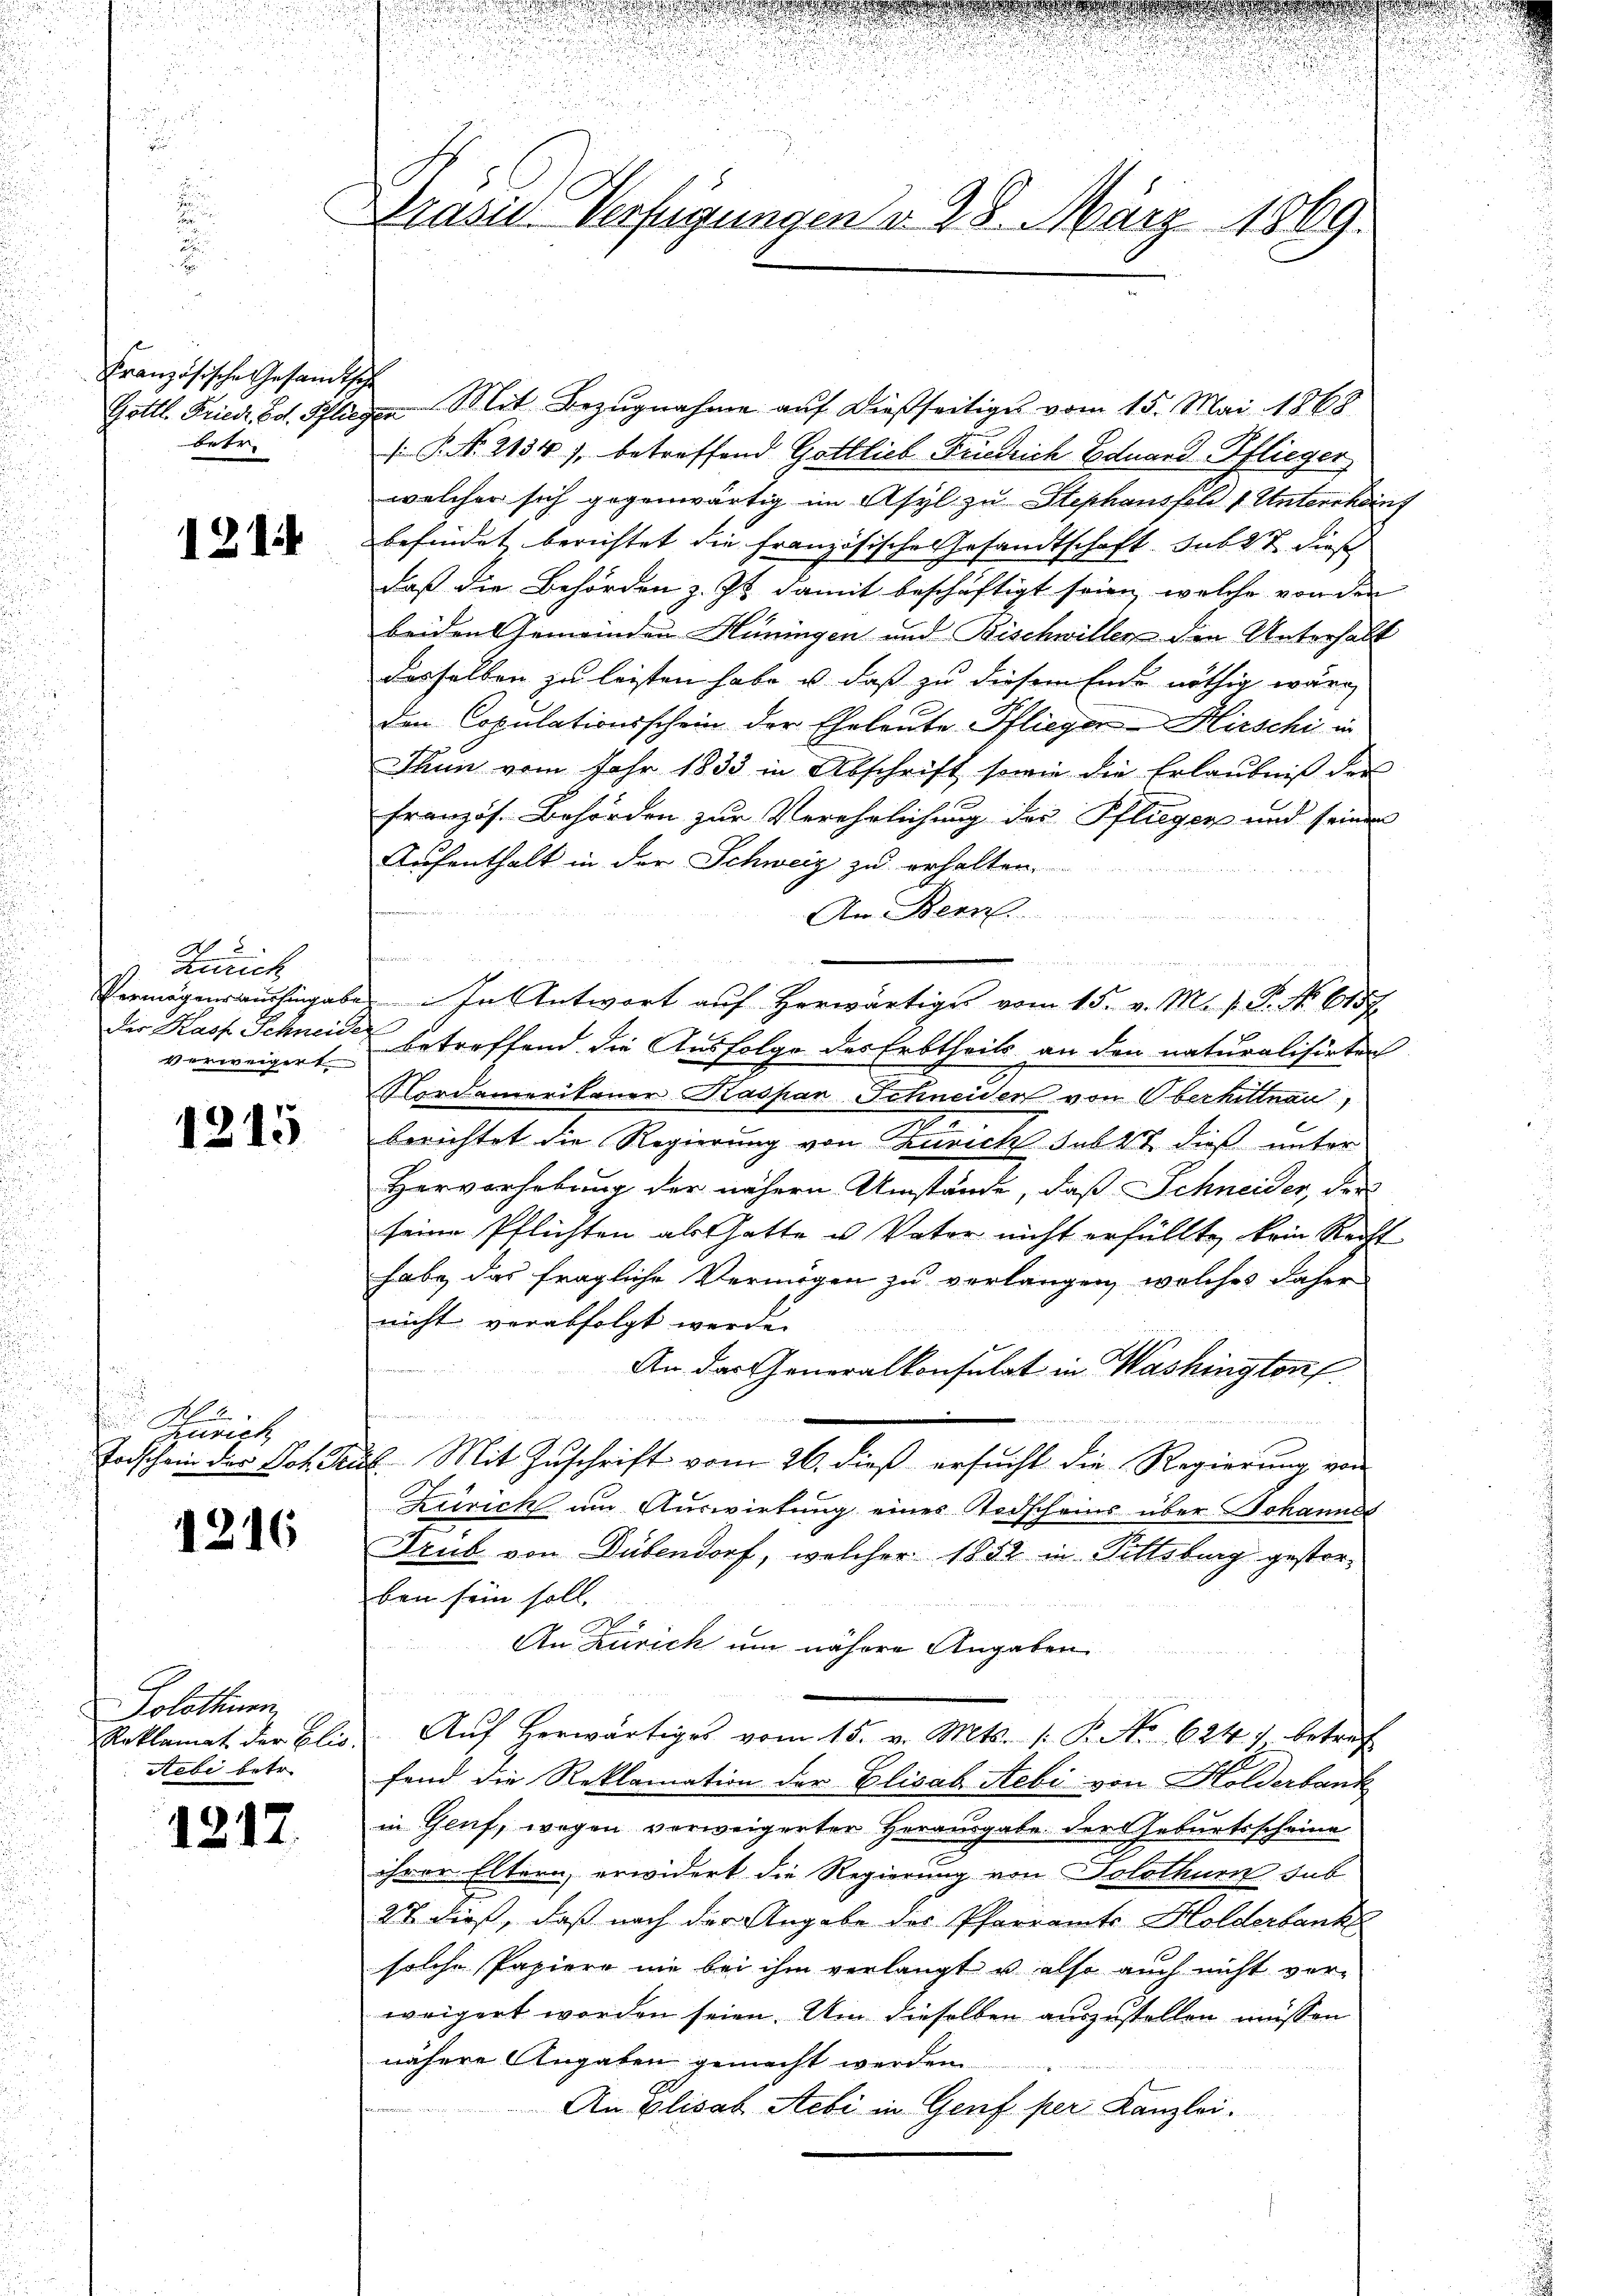
Französische Gesandtsch
Gottl. Friedr. Ed. Pflieg
Betr

121.

18
Zürich
Vermögensaushingabe
Der Rast Schneider
erweigert

1215

.
zurich
Toischein der Joh. Jen

1216

Solothurn
Roklamat der Elis.
Aebi betr.

1217.

Prasid Verfügungen do 28. März 1869.

¬
in Mit Bezugnahme auf dießseitige vom 15. Mai 1868
 P. No. 2134), betreffend Gottlieb Friedrich Eduard Pflieger,
welcher sich gegenwärtig im Asyl zu Stephansfeld 1 Unterchenf
befindet berichtet die Französische Gesandtschaft sub 27 dies
daß die Behörden z. Zt. damit beschäftigt seien, welche von den
beiden Gemeinden Hüningen und Bischwiller die Unterhalt
dasselben zu leisten habe, u. daß zu diesem Ende nöthig wäre,
den Copulationsschein der Eheleute Pflieger-Hirschi in
Thun vom Jahr 1833 in Abschrift sowie die Erlaubniß der
französ. Behörden zur Verehrlichung des Pfliegen und seiner
Aufenthalt in der Schweiz zu erhalten.

An Bern
n
m
In Antwort auf herwärtiges vom 15. v. M. v. P. No 6157
f
betreffend die Ausfolge des Erbtheils an den naturalisirten
Nordamerikaner Kashar Schneider von Oberhittnen
.
berichtet die Regierung von Zürich habet dieß unter
Herverhebung der nähern Umstände, daß Schneider, der
seine Pflichten als Gatte u. Vater nicht erfüllte, kein Recht
habe das fragliche Vermögen zu verlangen, welches daher
nicht verabfolgt werde.
:
An das Generalkonsulat in Washington
e
6. Mit Zuschrift vom 26. dieß ersucht die Regierung von
Keirich um Auswirtung eines Todscheins über Johannes
Trub von Dübendorf, welcher 1852 in Pittsburg gestorben sein soll.
An Zürich um nähere Angaben
Aŭf herwärtiges vom 15. v. Mts. (: P. No 624. betref
fend die Reklamation der Elisab Aebi von Holderbank
in Genf, wegen verweigerten Herausgabe der Geburtsscheine
ihrer Eltern erwidert die Regierung von Solothurn sub
27 dieß, daß nach der Angabe des Pfarramts- Holderbank
solche Papiere nie bei ihm verlangt u also auch nicht verweigert worden seien. Um dieselben auszustellen müssen
nähere Angaben gemacht werden.
An Elisab Aebi in Genf per Kanzlei.